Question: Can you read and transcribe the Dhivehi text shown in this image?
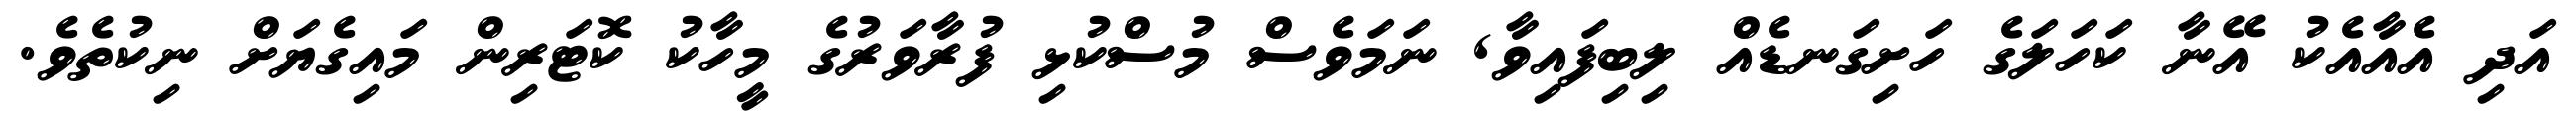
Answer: އަދި އެއާއެކު އޭނާ ކަހަލަގެ ހަށިގަނޑެއް ލިބިފައިވާ, ނަމަވެސް މުސްކުޅި ފުރާވަރުގެ މީހާކު ކޮޓަރިން މައިގެޔަށް ނިކުތެވެ.